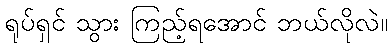
ရုပ်ရှင် သွား ကြည့်ရအောင် ဘယ်လိုလဲ။